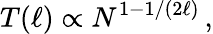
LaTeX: T(\ell)\propto N^{1-1/(2\ell)}\, ,